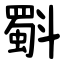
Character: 斣